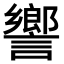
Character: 𧬰